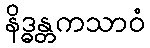
နိဒ္ဓန္တကသာဝံ